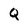
Character: Q